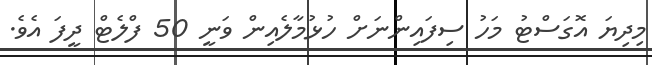
މިދިޔަ އޮގަސްޓު މަހު ސިފައިންނަށް ހުޅުމާލެއިން ވަނީ 50 ފްލެޓް ދީފަ އެވެ.